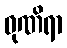
ဓုဏိရာ